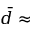
\bar { d } \approx